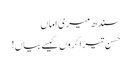
سندھ میری اماں
حُسن تیرا کروں کیسے بیاں!